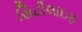
સિટીલાઇફ